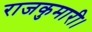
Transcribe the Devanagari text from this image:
राजकुमारी।